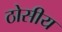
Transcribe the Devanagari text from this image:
ठोसीय